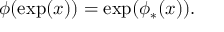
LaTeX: \phi ( \exp ( x ) ) = \exp ( \phi _ { * } ( x ) ) .